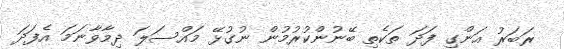
ރަބަރު އަންގި ފަދަ ތަކެތި ބޭނުންކުރުމުން ނުގުޅޭ މައްސަލަ ދިމާވާނަމަ އެފަދަ